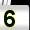
Digit: 5